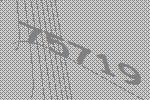
75719